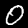
Label: 0